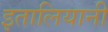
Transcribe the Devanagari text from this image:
इतालियानी